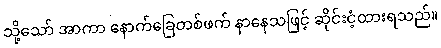
သို့သော် အာကာ နောက်ခြေတစ်ဖက် နာနေသဖြင့် ဆိုင်းငံ့ထားရသည်။